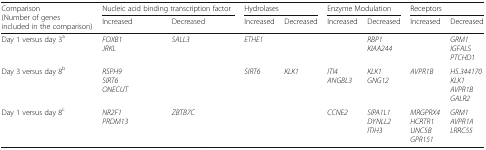
<table><thead><tr><td rowspan="2"><b>Comparison(Number of genes included in the comparison)</b></td><td colspan="2"><b>Nucleic acid binding transcription factor</b></td><td colspan="2"><b>Hydrolases</b></td><td colspan="2"><b>Enzyme Modulation</b></td><td colspan="2"><b>Receptors</b></td></tr><tr><td><b>Increased</b></td><td><b>Decreased</b></td><td><b>Increased</b></td><td><b>Decreased</b></td><td><b>Increased</b></td><td><b>Decreased</b></td><td><b>Increased</b></td><td><b>Decreased</b></td></tr></thead><tbody><tr><td>Day 1 versus day 3<sup>a</sup></td><td><i>FOXB1</i><i>JRKL</i></td><td><i>SALL3</i></td><td><i>ETHE1</i></td><td></td><td></td><td><i>RBP1</i><i>KIAA244</i></td><td></td><td><i>GRM1</i><i>IGFALS</i><i>PTCHD1</i></td></tr><tr><td>Day 3 versus day 8<sup>b</sup></td><td><i>RSPH9</i><i>SIRT6</i><i>ONECUT</i></td><td></td><td><i>SIRT6</i></td><td><i>KLK1</i></td><td><i>ITI4</i><i>ANGBL3</i></td><td><i>KLK1</i><i>GNG12</i></td><td><i>AVPR1B</i></td><td><i>HS.344170</i><i>KLK1</i><i>AVPR1B</i><i>GALR2</i></td></tr><tr><td>Day 1 versus day 8<sup>c</sup></td><td><i>NR2F1</i><i>PRDM13</i></td><td><i>ZBTB7C</i></td><td></td><td></td><td><i>CCNE2</i></td><td><i>SIPA1L1</i><i>DYNLL2</i><i>ITIH3</i></td><td><i>MRGPRX4</i><i>HCRTR1</i><i>UNC5B</i><i>GPR151</i></td><td><i>GRM1</i><i>AVPR1A</i><i>LRRC55</i></td></tr></tbody></table>